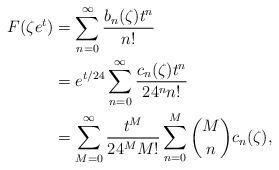
LaTeX: \begin{align*} F(\zeta e^t) &= \sum_{n=0}^\infty \frac{b_n(\zeta)t^n}{n!} \\ &= e^{t/24}\sum_{n=0}^\infty \frac{c_n(\zeta)t^n}{24^nn!} \\ & = \sum_{M=0}^\infty \frac{t^M}{24^MM!}\sum_{n=0}^M \binom{M}{n}c_n(\zeta), \end{align*}